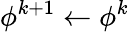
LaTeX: \phi^{k+1}\leftarrow\phi^{k}